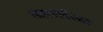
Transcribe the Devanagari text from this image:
बहारलेल्या